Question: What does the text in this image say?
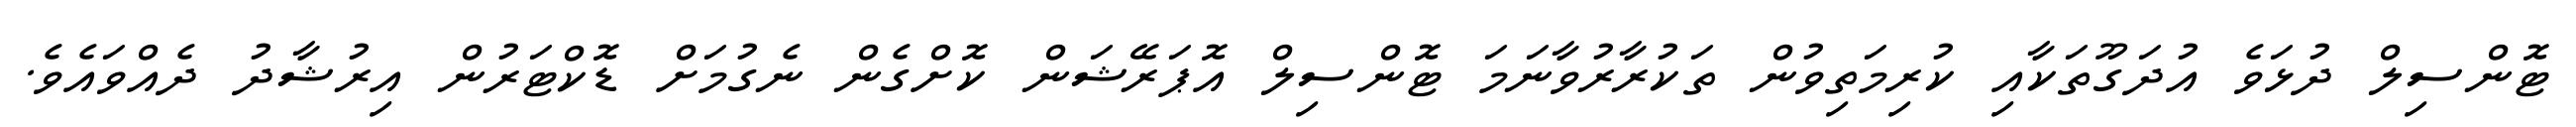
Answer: ޓޮންސިލް ދުޅަވެ އުދަގޫތަކާއި ކުރިމަތިވުން ތަކުރާރުވާނަމަ ޓޮންސިލް އޮޕަރޭޝަން ކޮށްގެން ނެގުމަށް ޑޮކްޓަރުން އިރުޝާދު ދެއްވައެވެ.